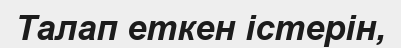
Талап еткен істерін,